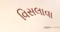
વિસલાવા